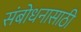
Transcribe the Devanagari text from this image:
संबोधनासाठी